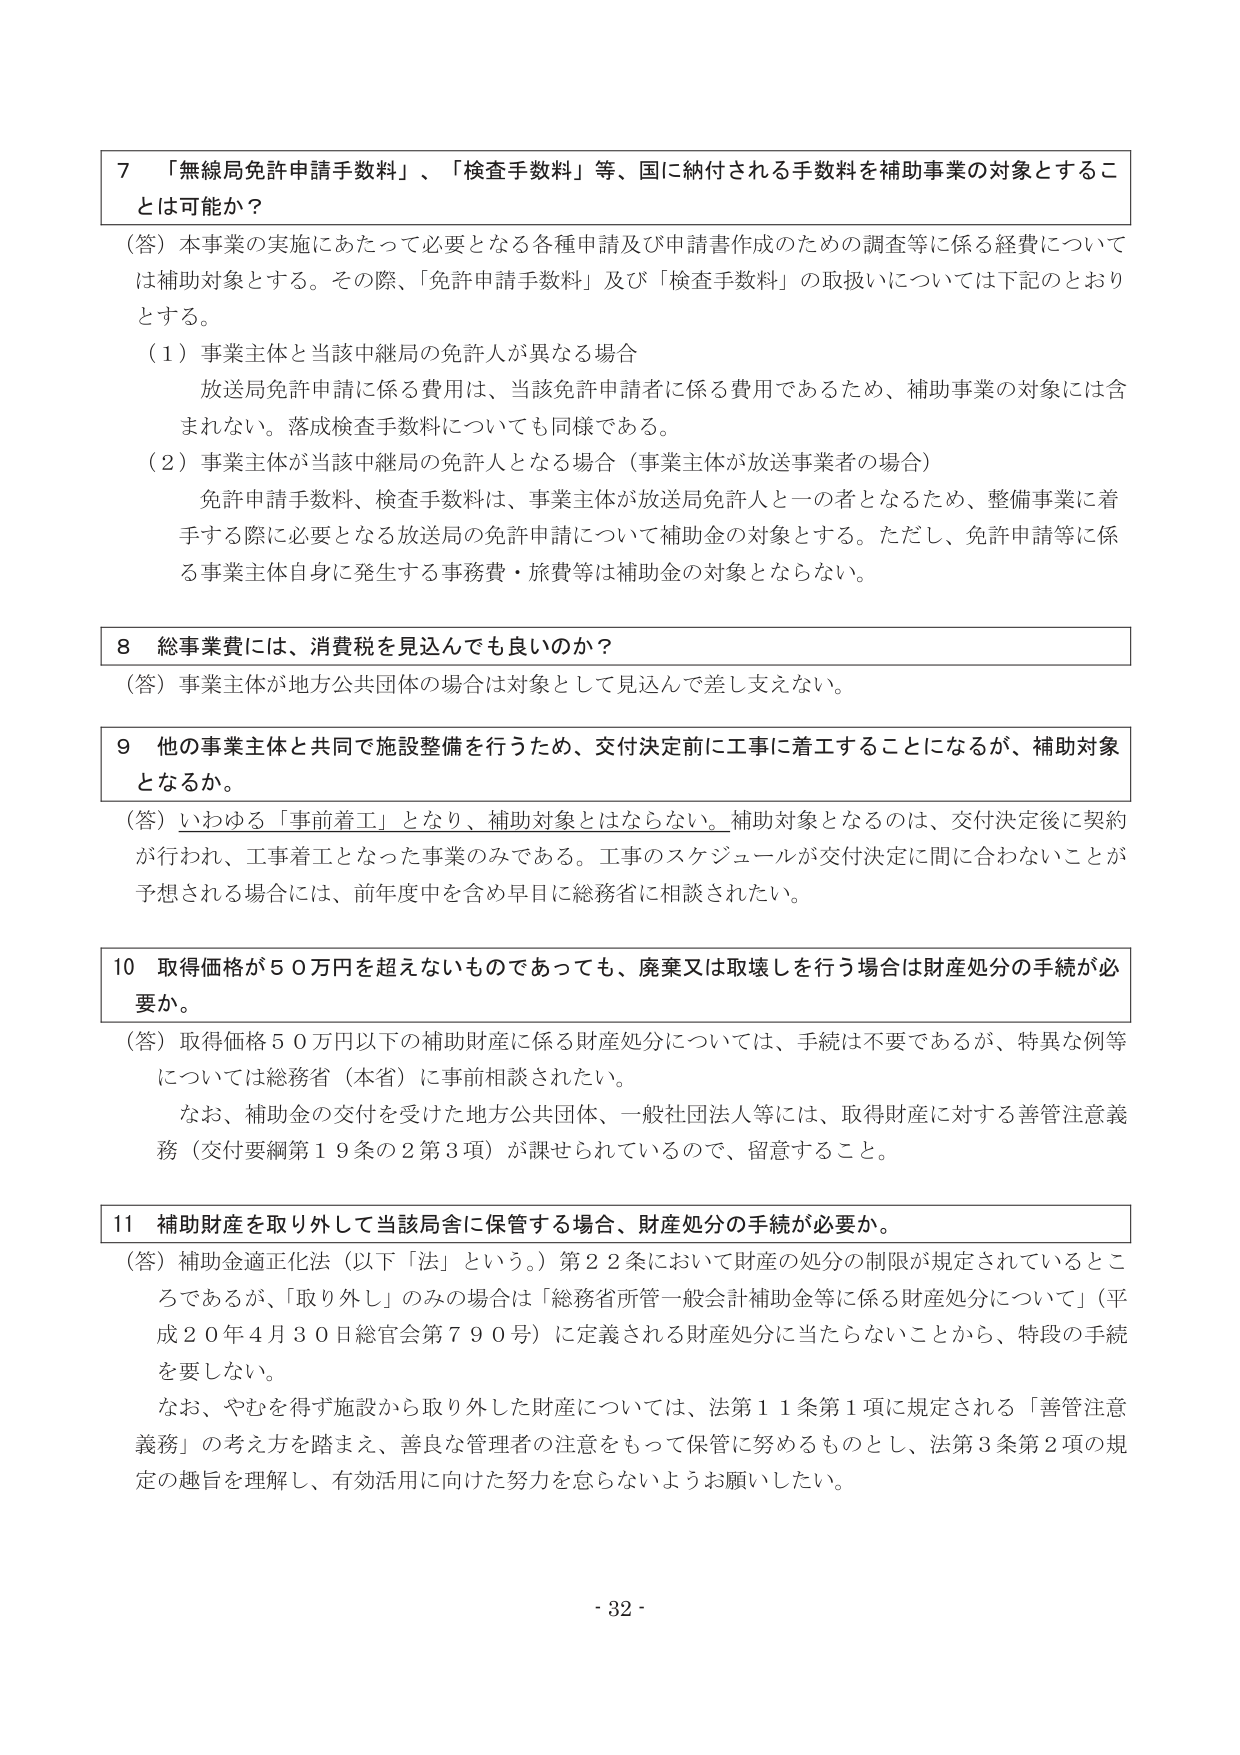
7 「無線局免許申請手数料」、「検査手数料」等、国に納付される手数料を補助事業の対象とすることとは可能か？

（答）本事業の実施にあたって必要となる各種申請及び申請書作成のための調査等に係る経費については補助対象とする。その際、「免許申請手数料」及び「検査手数料」の取扱いについては下記のとおりとする。

（1）事業主体と当該中継局の免許人が異なる場合
放送局免許申請に係る費用は、当該免許申請者に係る費用であるため、補助事業の対象には含まれない。落成検査手数料についても同様である。

（2）事業主体が当該中継局の免許人となる場合（事業主体が放送事業者の場合）
免許申請手数料、検査手数料は、事業主体が放送局免許人と一の者となるため、整備事業に着手する際に必要となる放送局の免許申請について補助金の対象とする。ただし、免許申請等に係る事業主体自身に発生する事務費・旅費等は補助金の対象とならない。

8 総事業費には、消費税を見込んでも良いのか？

（答）事業主体が地方公共団体の場合は対象として見込んで差し支えない。

9 他の事業主体と共同で施設整備を行うため、交付決定前に工事に着手することになるが、補助対象となるか。

（答）いわゆる「事前着工」となり、補助対象とはならない。補助対象となるのは、交付決定後に契約が行われ、工事着工となった事業のみである。工事のスケジュールが交付決定に間に合わないことが予想される場合には、前年度中を含め早目に総務省に相談されたい。

10 取得価格が50万円を超えないものであっても、廃棄又は取壊しを行う場合は財産処分の手続が必要か。

（答）取得価格50万円以下の補助財産に係る財産処分については、手続は不要であるが、特異な例等については総務省（本省）に事前相談されたい。

なお、補助金の交付を受けた地方公共団体、一般社団法人等には、取得財産に対する善管注意義務（交付要綱第19条の2第3項）が課せられているので、留意すること。

11 補助財産を取り外して当該局舎に保管する場合、財産処分の手続が必要か。

（答）補助金適正化法（以下「法」という。）第22条において財産の処分の制限が規定されているところであるが、「取り外し」のみの場合は「総務省所管一般会計補助金等に係る財産処分について」（平成20年4月30日総官会第790号）に定義される財産処分に当たらないことから、特段の手続を要しない。

なお、やむを得ず施設から取り外した財産については、法第11条第1項に規定される「善管注意義務」の考え方を踏まえ、善良な管理者の注意をもって保管に努めるものとし、法第3条第2項の規定の趣旨を理解し、有効活用に向けた努力を怠らないようお願いしたい。

- 32 -